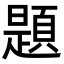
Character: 題